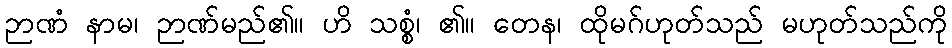
ဉာဏံ နာမ၊ ဉာဏ်မည်၏။ ဟိ သစ္စံ၊ ၏။ တေန၊ ထိုမဂ်ဟုတ်သည် မဟုတ်သည်ကို